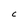
Character: C